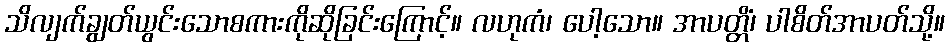
သိလျက်ချွတ်ယွင်းသောစကားကိုဆိုခြင်းကြောင့်။ လဟုကံ၊ ပေါ့သော။ အာပတ္တိံ၊ ပါစိတ်အာပတ်သို့။